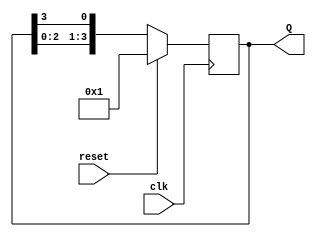
`timescale 1ns / 1ps

module Left_Shift(
    input clk,
    input reset,
    output [3:0] Q
    );
 reg [3:0] tmp;
 
always @(posedge clk)
begin
if(reset)
tmp<=4'b0001;
else 
tmp<= {tmp[2:0],tmp[3]};           //left shifitng operation
end
assign Q=tmp;
endmodule